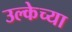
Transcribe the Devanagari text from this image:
उल्केच्या